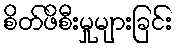
စိတ်ဖိစီးမှုများခြင်း